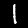
Digit: 1